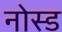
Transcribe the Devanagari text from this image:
नोस्ड